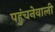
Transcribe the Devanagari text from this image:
पहुंचनेवाली